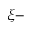
\xi -